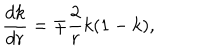
\frac { d k } { d r } = \mp \frac { 2 } { r } k ( 1 - k ) ,